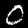
Label: 0